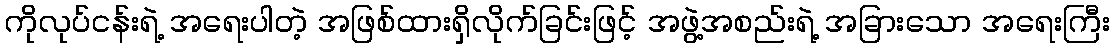
ကိုလုပ်ငန်းရဲ့ အရေးပါတဲ့ အဖြစ်ထားရှိလိုက်ခြင်းဖြင့် အဖွဲ့အစည်းရဲ့ အခြားသော အရေးကြီး